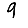
Digit: 9